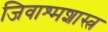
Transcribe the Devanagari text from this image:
जिवाश्मशास्त्र